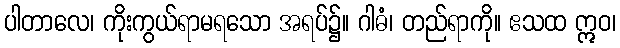
ပါတာလေ၊ ကိုးကွယ်ရာမရသော အရပ်၌။ ဂါဓံ၊ တည်ရာကို။ ဧသထ ဣဝ၊